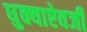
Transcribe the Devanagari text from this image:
धुक्याऐवजी